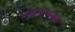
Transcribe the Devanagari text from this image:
रामपालदेव